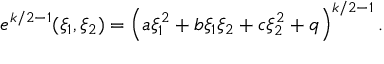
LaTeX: e ^ { k / 2 - 1 } ( \xi _ { 1 } , \xi _ { 2 } ) = \left( a \xi _ { 1 } ^ { 2 } + b \xi _ { 1 } \xi _ { 2 } + c \xi _ { 2 } ^ { 2 } + q \right) ^ { k / 2 - 1 } .